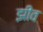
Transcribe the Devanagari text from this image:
झीव